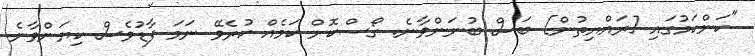
"ކަންކަމުގައި [ރައްޔިތުން] ބަސް ބުނަންވާނެ. ގޯސްކޮށް ކަމެއް ކުރެވޭ ނަމަ ފާޑުވެސް ކިޔަންވާނެ